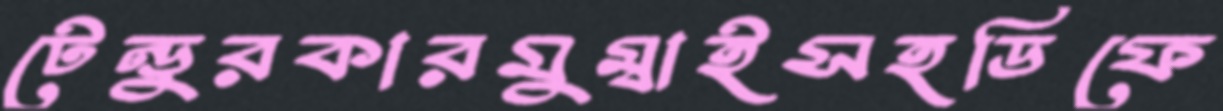
টেন্ডুরকারমুম্বাইসহডিফে